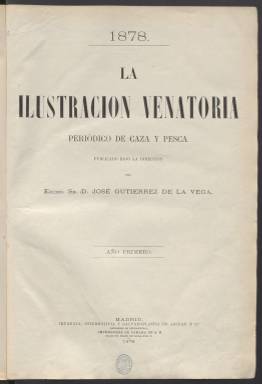
Título: La Ilustración venatoria
Colección: Caza y pesca
Ámbito geográfico: Madrid
Lugar de publicación: Madrid
Fechas: 10/01/1878-30/12/1885

Publicación dedicada a la caza y la pesca que se editó desde 1878 a 1885. Es destacable por la calidad de sus grabados, con escenas de montería y pesca en distintos lugares del mundo o con dibujos de animales. Del primer año, en que había un mayor número de ilustraciones, el editor hizo un álbum con más de cien grabados que vendió aparte.

   La revista, que constaba de ocho páginas, tuvo en principio periodicidad decenal para pasar a ser quincenal a partir de 1881. Sirvió de soporte para la venta por el editor de libros históricos sobre la caza, como El Libro de la Montería del Rey Alfonso XI, El Libro de la Caza del príncipe Don Juan Manuel, el Libro de la caza de las aves del canciller Pero López de Ayala o El Discurso sobre la Montería de Gonzalo Argote de Molina.

   El editor de la publicación fue José Gutiérrez de la Vega y Moncloa, sobrino del pintor romántico del mismo nombre y primer apellido. Gutiérrez de la Vega y Moncloa fue, además de editor, periodista y político. En la cabecera de la revista figura como director y propietario.

  Además de La Ilustración venatoria, fundó años antes el periódico El Heraldo médico. Como político fue diputado y senador por varias provincias y gobernador civil de Granada. Sus últimos cargos poco antes de su muerte los desempeñó en Filipinas. Precisamente, además de otras colecciones de libros, editó una Biblioteca Histórica Filipina.

   La Ilustración venatoria llevaba un largo subtítulo que decía: ‘Periódico de caza y pesca, de sport y recreos campestres, de aclimatación y cría de animales domésticos, y de cuanto tenga relación con la agricultura y con los deleites de la vida del campo’.

    En efecto, cuando se hojean sus números y páginas se pueden encontrar artículos y reportajes de las materias citadas en el subtítulo. Además, pueden verse una sección de ‘cocina venatoria y piscatoria’ y otra de ‘Gacetillas’ con noticias como las competiciones de tiro de pichón.

    En la última entrega de la publicación, con fecha 30 de diciembre de 1885, el editor anuncia el cese de la revista a su pesar. La razón era económica. No había conseguido un número suficiente de suscriptores que permitieran financiarla. Gutiérrez de la Vega se lamentaba, además, del poco interés de los lectores por conocer la literatura histórica relacionada con la caza.

[Descripción publicada el 4/05/2023]